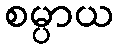
စမ္ပာယ